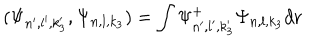
LaTeX: ( \Psi _ { n ^ { \prime } , l ^ { \prime } , k _ { 3 } ^ { \prime } } , \Psi _ { n , l , k _ { 3 } } ) = \int \Psi _ { n ^ { \prime } , l ^ { \prime } , k _ { 3 } ^ { \prime } } ^ { + } \Psi _ { n , l , k _ { 3 } } d { \bf r }